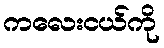
ကလေးငယ်ကို